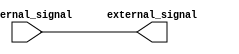
module IO_buffer (
    input wire internal_signal,
    output wire external_signal
);

// Input stage
assign internal_signal = external_signal; // Input signal from external pin is connected to internal logic

// Output stage
assign external_signal = internal_signal; // Output signal from internal logic is connected to external pin

endmodule